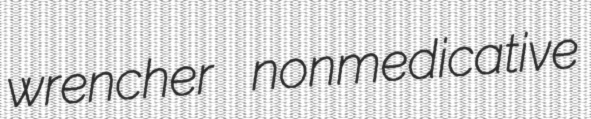
wrencher nonmedicative